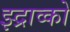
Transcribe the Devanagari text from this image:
झ्द्राव्को